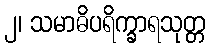
၂၊ သမာဓိပရိက္ခာရသုတ္တ